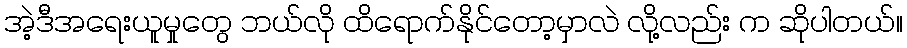
အဲ့ဒီအရေးယူမှုတွေ ဘယ်လို ထိရောက်နိုင်တော့မှာလဲ လို့လည်း က ဆိုပါတယ်။